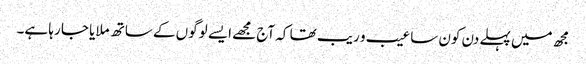
مجھ میں پہلے دن کون سا عیب و ریب تھا کہ آج مجھے ایسے لوگوں کے ساتھ ملایا جا رہا ہے۔